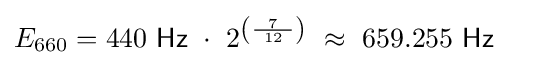
E_{660}=440\ {\mathsf {Hz}}\ \cdot \ 2^{\left({\frac {7}{\ 12\ }}\right)}\ \approx \ 659.255\ {\mathsf {Hz}}\ \quad